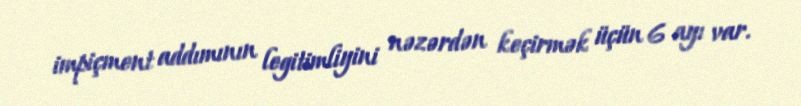
impiçment addımının legitimliyini nəzərdən keçirmək üçün 6 ayı var.